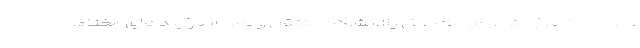
پس از یک فرآورش اولیه به محل پالایشگاه منتقل و پس از فرآیندهای مختلف